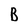
Character: B